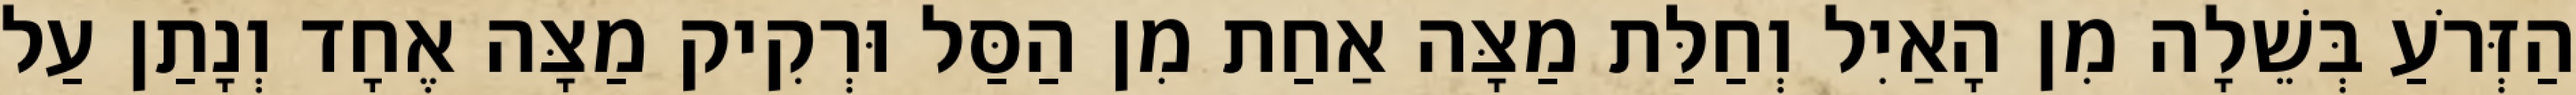
הַזְּרֹעַ בְּשֵׁלָה מִן הָאַיִל וְחַלַּת מַצָּה אַחַת מִן הַסַּל וּרְקִיק מַצָּה אֶחָד וְנָתַן עַל